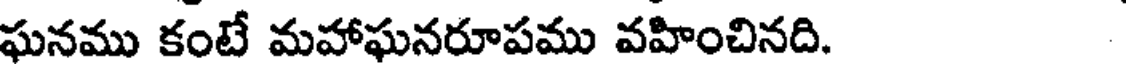
ఘనము కంటే మహాఘనరూపము వహించినది. .